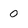
Character: 0